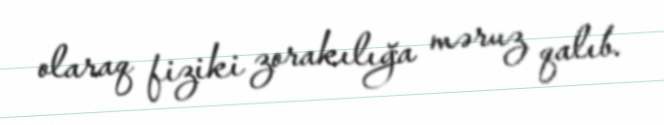
olaraq fiziki zorakılığa məruz qalıb.